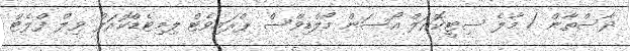
ދާސްތާން / މާލެ ސިޓީކޮރަލް އޯސަން މޯލްޑިވްސް ޕްރައިވެޓް ލިމިޓެޑްކޮރަލް ވިލް ފްލެޓް